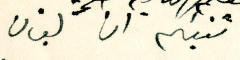
تنبئكم ان لبنان